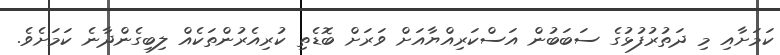
ކަމަށާއި މި ދަތުރުފުޅުގެ ސަބަބުން އަސްކަރިއްޔާއަށް ވަރަށް ބޮޑެތި ކުރިއެރުންތަކެއް ލިބިގެންދާނެ ކަމަށެވެ.